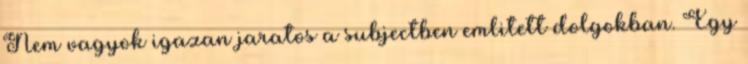
Nem vagyok igazan jaratos a subjectben emlitett dolgokban. Egy